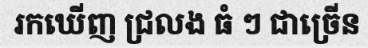
រកឃើញ ជ្រលង ធំ ៗ ជាច្រើន